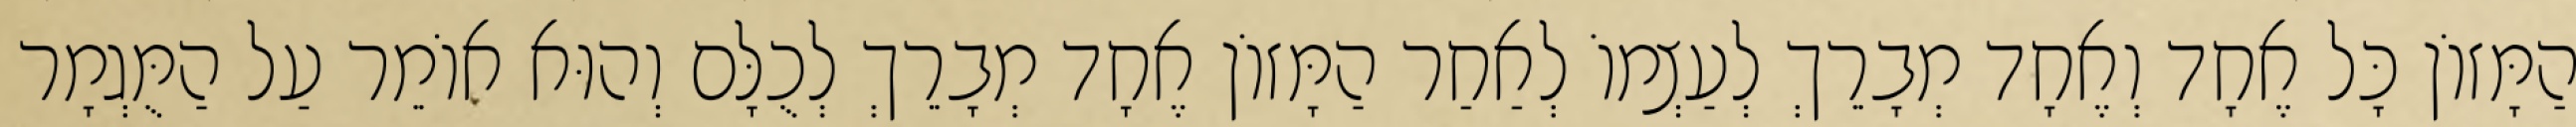
הַמָּזוֹן כָּל אֶחָד וְאֶחָד מְבָרֵךְ לְעַצְמוֹ לְאַחַר הַמָּזוֹן אֶחָד מְבָרֵךְ לְכֻלָּם וְהוּא אוֹמֵר עַל הַמֻּגְמָר